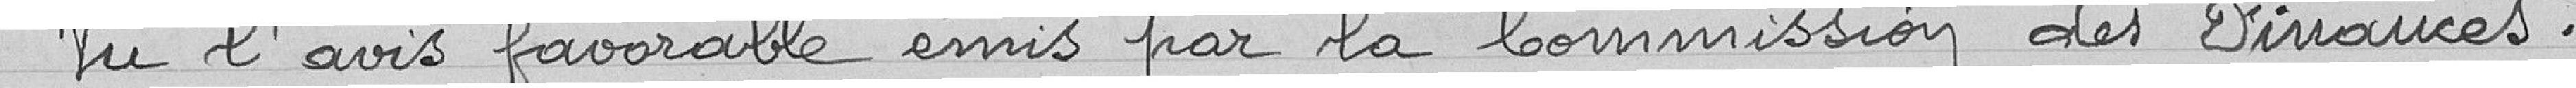
Vu l'avais favorable émis par la Commission des Finances.